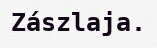
Zászlaja.